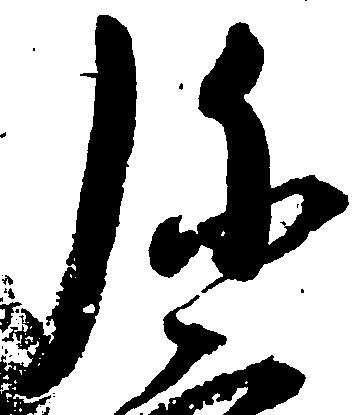
弥